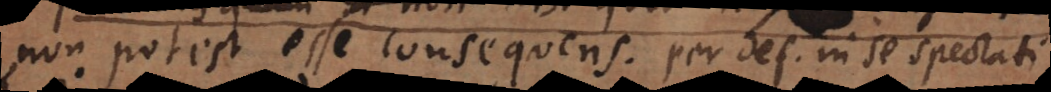
non potest esse consequens, per def. in se spectati.